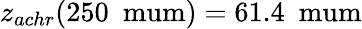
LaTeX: z_{achr}(250~\mathrm{\ mum})=61.4~\mathrm{\ mum}